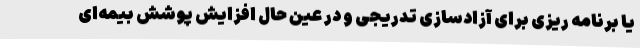
یا برنامه ریزی برای آزادسازی تدریجی و در عین حال افزایش پوشش بیمه‌ای